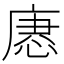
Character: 𢞢